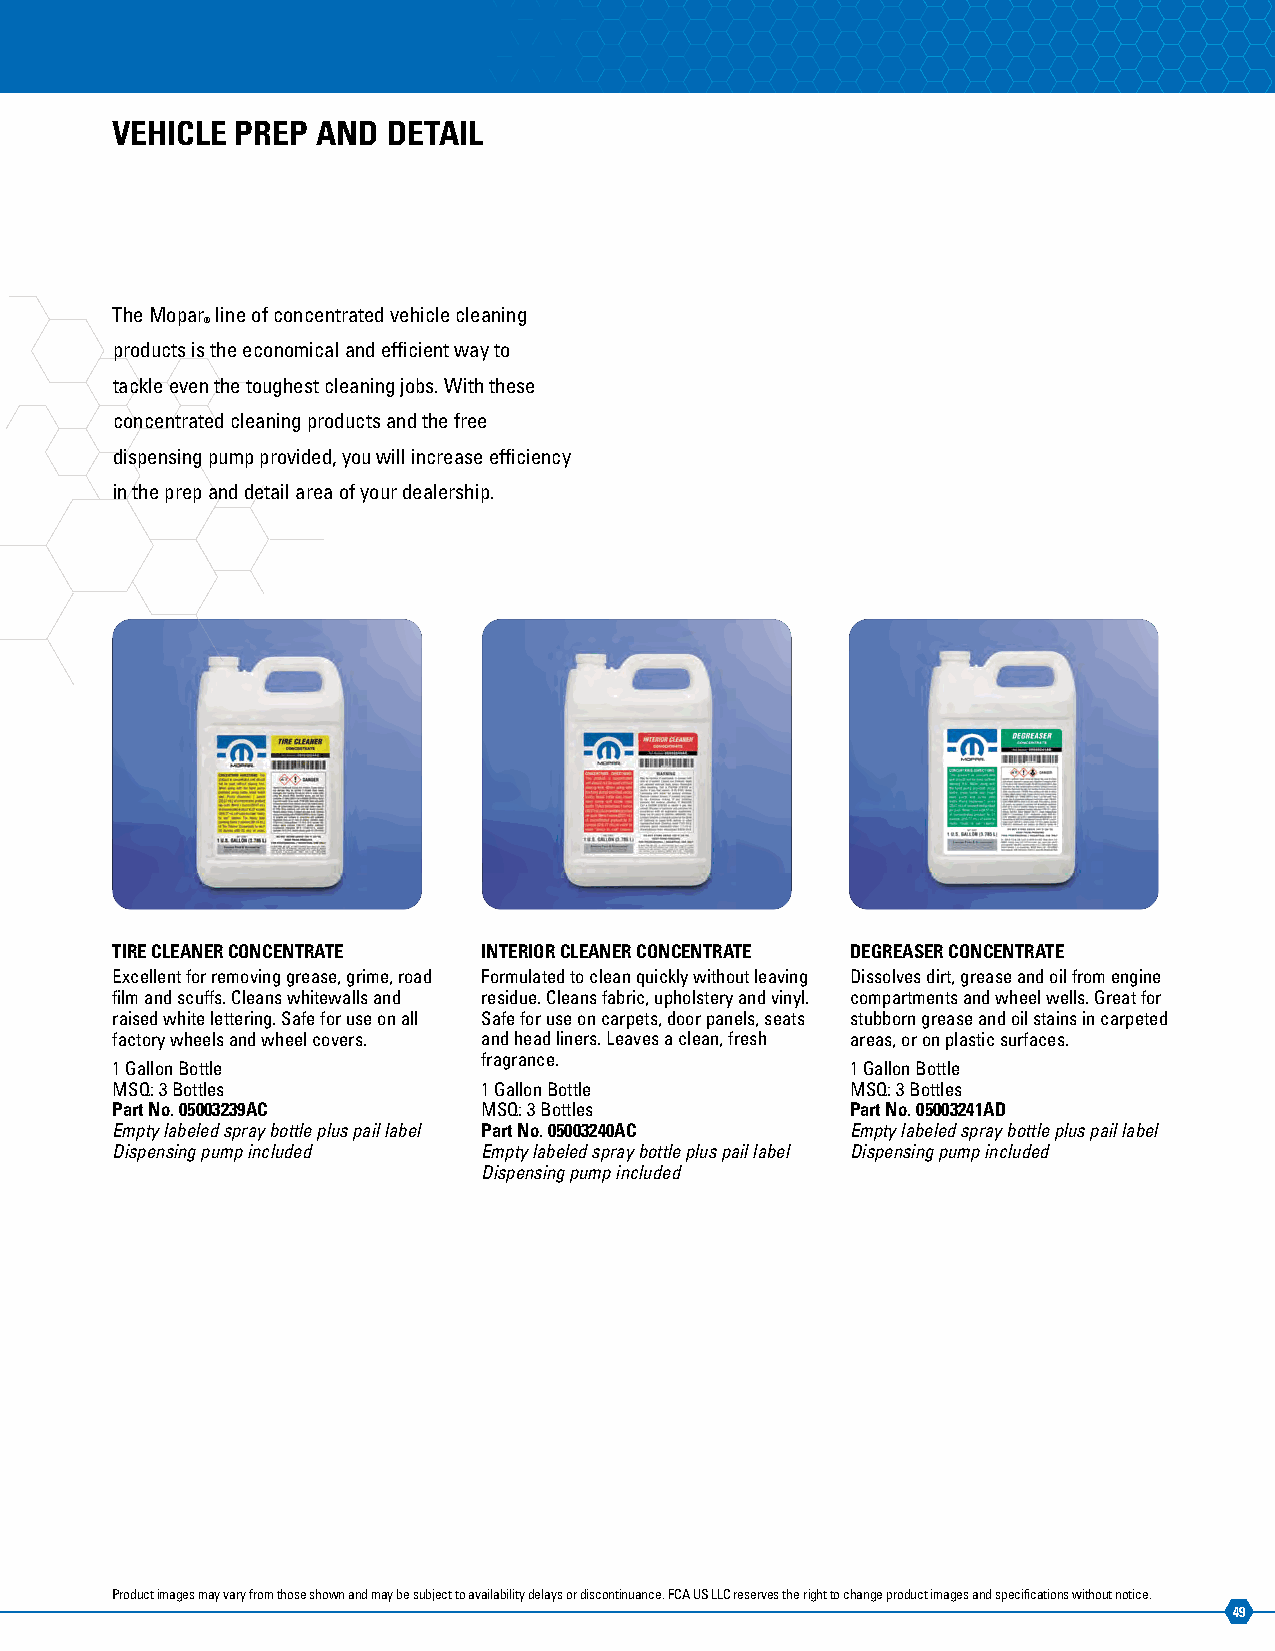
VEHICLE  PREP AND  DETAIL
 The Mopar line of concentrated vehicle cleaning
 ®
 products is the economical and efficient way to
 tackle even the toughest cleaning jobs. With these
 concentrated cleaning products and the free
 dispensing pump provided, you will increase efficiency
 in the prep and detail area of your dealership.
 TIRE CLEANER CONCENTRATE INTERIOR CLEANER CONCENTRATE DEGREASER CONCENTRATE
 Excellent for removing grease, grime, road Formulated to clean quickly without leaving Dissolves dirt, grease and oil from engine
 film and scuffs. Cleans whitewalls and residue. Cleans fabric, upholstery and vinyl. compartments and wheel wells. Great for
 raised white lettering. Safe for use on all Safe for use on carpets, door panels, seats stubborn grease and oil stains in carpeted
 factory wheels and wheel covers. and head liners. Leaves a clean, fresh areas, or on plastic surfaces.
 fragrance.
 1 Gallon Bottle                                  1 Gallon Bottle
 MSQ: 3 Bottles           1 Gallon Bottle         MSQ: 3 Bottles
 Part No. 05003239AC      MSQ: 3 Bottles          Part No. 05003241AD
 Empty labeled spray bottle plus pail label Part No. 05003240AC Empty labeled spray bottle plus pail label
 Dispensing pump included Empty labeled spray bottle plus pail label Dispensing pump included
 Dispensing pump included
 Product images may vary from those shown and may be subject to availability delays or discontinuance. FCA US LLC reserves the right to change product images and specifications without notice.
 49